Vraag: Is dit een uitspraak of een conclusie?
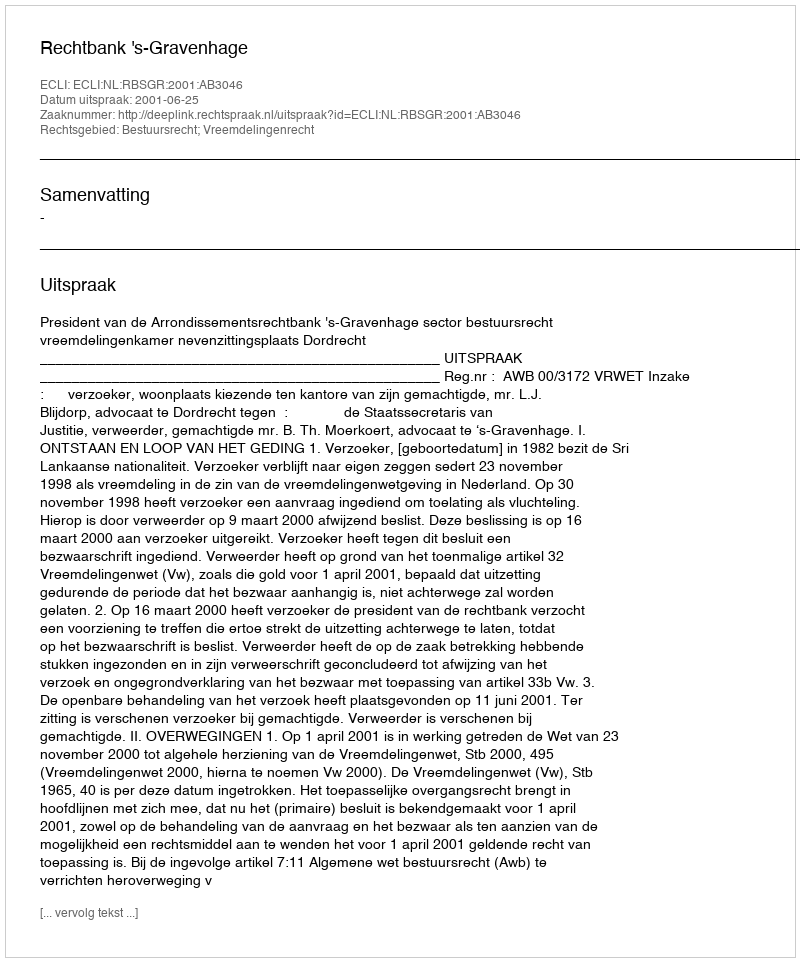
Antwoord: Uitspraak